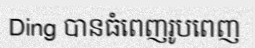
Ding បានធំពេញរូបពេញ